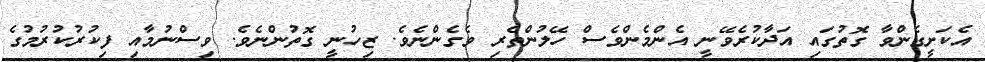
އެކަށީގެންވާ ގޮތުގައި އަދާކުރެވޭނީ އެންމެންވެސް ހޭލުންތެރި ވެގެންނެވެ. ޒިހުނީ ގޮތުންނެވެ. ވިސްނުމާއި ފިކުރުކުރުމުގެ